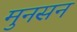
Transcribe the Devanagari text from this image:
मुनसन